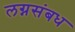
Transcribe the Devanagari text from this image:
लग्नसंबध